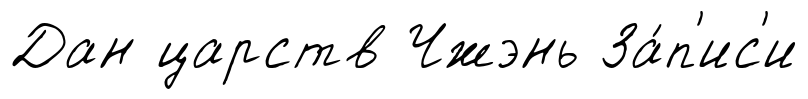
Дан царств Чжэнь За́п'ис'и